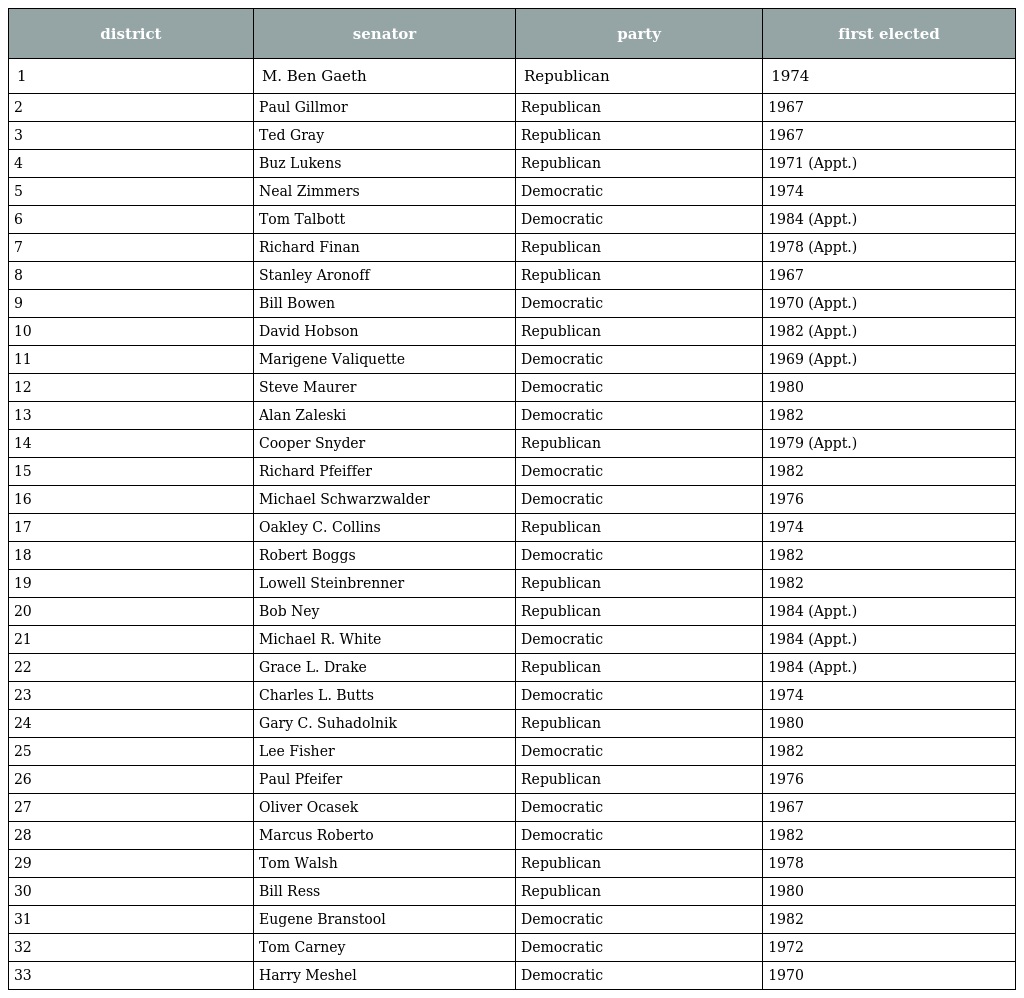
| district | senator | party | first elected |
 | --- | --- | --- | --- |
 | 1 | M. Ben Gaeth | Republican | 1974 |
 | 2 | Paul Gillmor | Republican | 1967 |
 | 3 | Ted Gray | Republican | 1967 |
 | 4 | Buz Lukens | Republican | 1971 (Appt.) |
 | 5 | Neal Zimmers | Democratic | 1974 |
 | 6 | Tom Talbott | Democratic | 1984 (Appt.) |
 | 7 | Richard Finan | Republican | 1978 (Appt.) |
 | 8 | Stanley Aronoff | Republican | 1967 |
 | 9 | Bill Bowen | Democratic | 1970 (Appt.) |
 | 10 | David Hobson | Republican | 1982 (Appt.) |
 | 11 | Marigene Valiquette | Democratic | 1969 (Appt.) |
 | 12 | Steve Maurer | Democratic | 1980 |
 | 13 | Alan Zaleski | Democratic | 1982 |
 | 14 | Cooper Snyder | Republican | 1979 (Appt.) |
 | 15 | Richard Pfeiffer | Democratic | 1982 |
 | 16 | Michael Schwarzwalder | Democratic | 1976 |
 | 17 | Oakley C. Collins | Republican | 1974 |
 | 18 | Robert Boggs | Democratic | 1982 |
 | 19 | Lowell Steinbrenner | Republican | 1982 |
 | 20 | Bob Ney | Republican | 1984 (Appt.) |
 | 21 | Michael R. White | Democratic | 1984 (Appt.) |
 | 22 | Grace L. Drake | Republican | 1984 (Appt.) |
 | 23 | Charles L. Butts | Democratic | 1974 |
 | 24 | Gary C. Suhadolnik | Republican | 1980 |
 | 25 | Lee Fisher | Democratic | 1982 |
 | 26 | Paul Pfeifer | Republican | 1976 |
 | 27 | Oliver Ocasek | Democratic | 1967 |
 | 28 | Marcus Roberto | Democratic | 1982 |
 | 29 | Tom Walsh | Republican | 1978 |
 | 30 | Bill Ress | Republican | 1980 |
 | 31 | Eugene Branstool | Democratic | 1982 |
 | 32 | Tom Carney | Democratic | 1972 |
 | 33 | Harry Meshel | Democratic | 1970 |